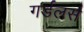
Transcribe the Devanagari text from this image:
गर्डलर्स